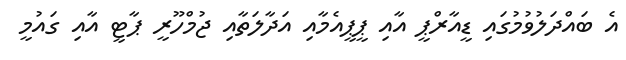
އެ ބައްދަލުވުމުގައި ޑީއާރްޕީ އާއި ޕީޕީއެމާއި އަދާލަތާއި ޖުމްހޫރީ ޕާޓީ އާއި ގައުމީ